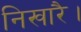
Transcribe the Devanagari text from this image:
निखारै।